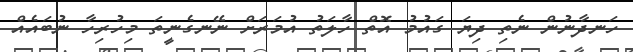
ހަނދާނުން ނެތި ދިޔަ ގައުމު އޮތް ހާލަތު އުމަރަށް ނޭނގެނީތަ މިހުރިހާ ނުބައެއް